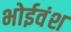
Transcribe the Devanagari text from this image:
भोईवंश